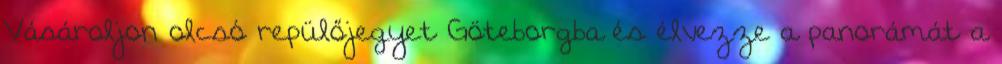
Vásároljon olcsó repülőjegyet Göteborgba és élvezze a panorámát a